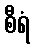
စီရံ